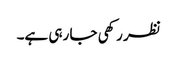
نظر رکھی جا رہی ہے۔